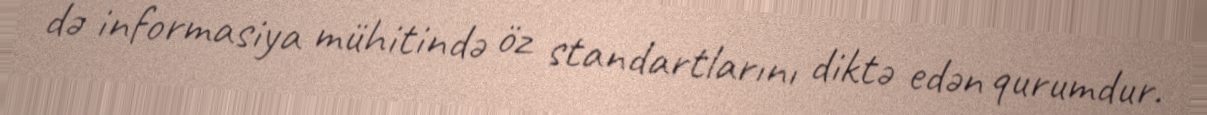
də informasiya mühitində öz standartlarını diktə edən qurumdur.